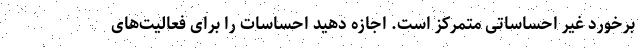
برخورد غیر احساساتی متمرکز است. اجازه دهید احساسات را برای فعالیت‌های